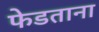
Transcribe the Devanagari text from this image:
फेडताना